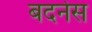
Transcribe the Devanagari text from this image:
बदनेस